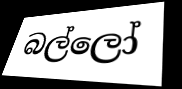
බල්ලෝ